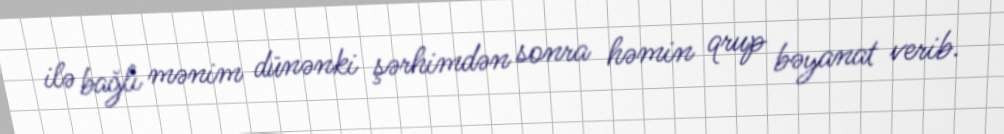
ilə bağlı mənim dünənki şərhimdən sonra həmin qrup bəyanat verib.